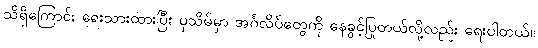
သိရှိကြောင်း ရေးသားထားပြီး ပုသိမ်မှာ အင်္ဂလိပ်တွေကို နေခွင့်ပြုတယ်လို့လည်း ရေးပါတယ်။